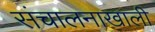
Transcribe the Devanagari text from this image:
संचालनाखाली